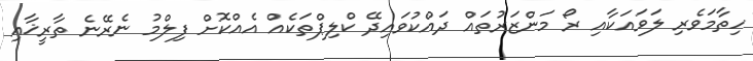
ހިތާމަވެރި ލަވައަކާއި ރޯ މަންޒަރުތައް ދައްކުވައިދޭ ކްލިޕްތަކެއް އެއްކޮށް ފިލްމު ނެރޭނެ ތާރީޚާއި